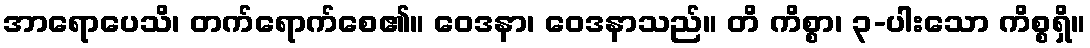
အာရောပေသိ၊ တက်ရောက်စေ၏။ ဝေဒနာ၊ ဝေဒနာသည်။ တိ ကိစ္စာ၊ ၃-ပါးသော ကိစ္စရှိ။